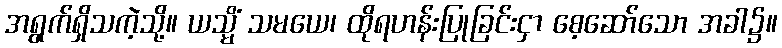
အရွက်ရှိသကဲ့သို့။ ယသ္မိံ သမယေ၊ ထိုရဟန်းပြုခြင်းငှာ စေ့ဆော်သော အခါ၌။